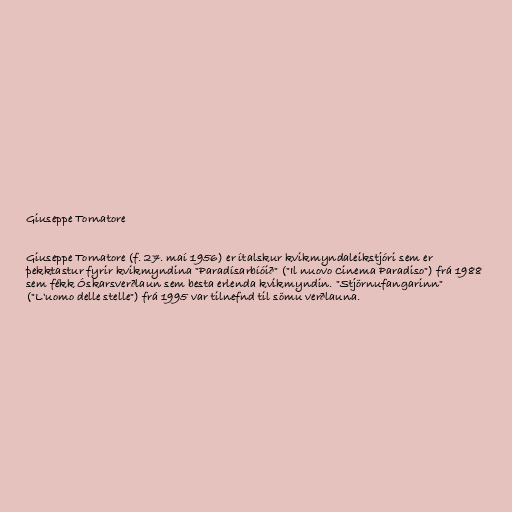
Giuseppe Tornatore

Giuseppe Tornatore (f. 27. maí 1956) er ítalskur kvikmyndaleikstjóri sem er
þekktastur fyrir kvikmyndina "Paradísarbíóið" ("Il nuovo Cinema Paradiso") frá 1988
sem fékk Óskarsverðlaun sem besta erlenda kvikmyndin. "Stjörnufangarinn"
("L'uomo delle stelle") frá 1995 var tilnefnd til sömu verðlauna.